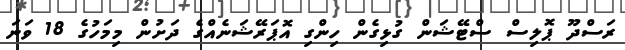
ރަސްދޫ ޕޮލިސް ސްޓޭޝަން ގުޅިގެން ހިންގި އޮޕަރޭޝަނެއްގެ ދަށުން މިމަހުގެ 18 ވަނަ